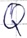
Text: Q